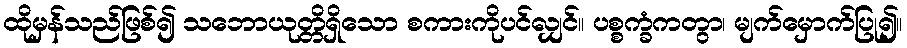
ထိုမှန်သည်ဖြစ်၍ သဘောယုတ္တိရှိသော စကားကိုပင်လျှင်။ ပစ္စက္ခံကတွာ၊ မျက်မှောက်ပြု၍။